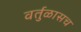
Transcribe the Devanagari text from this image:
वर्तुळासच